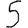
Digit: 5